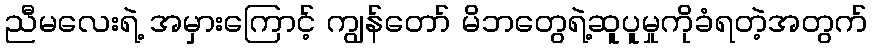
ညီမလေးရဲ့ အမှားကြောင့် ကျွန်တော် မိဘတွေရဲ့ဆူပူမှုကိုခံရတဲ့အတွက်